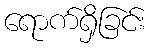
ရောက်ရှိခြင်း